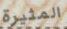
المثيرة